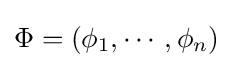
\Phi =(\phi _{1},\cdots ,\phi _{n})